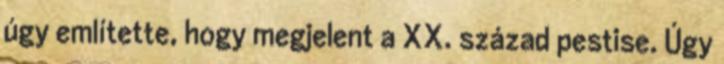
úgy említette, hogy megjelent a XX. század pestise. Úgy